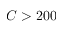
C > 2 0 0